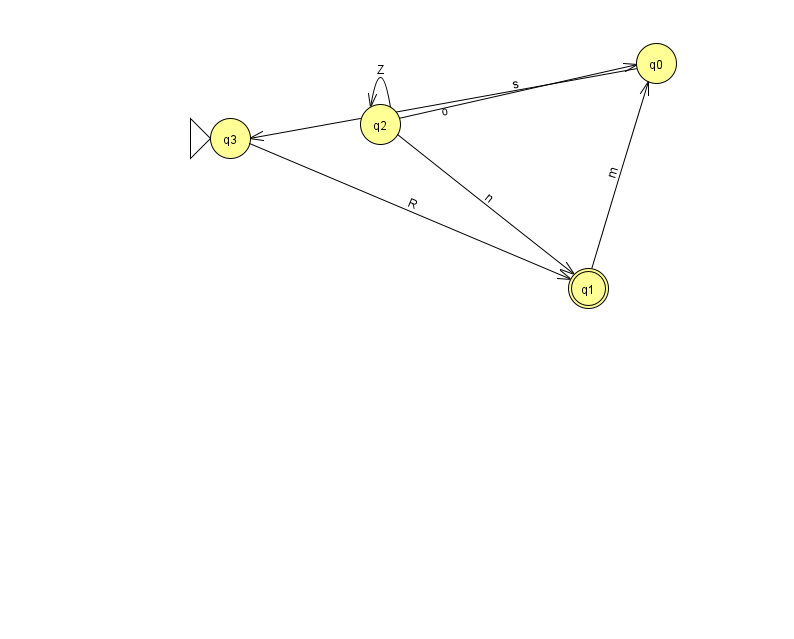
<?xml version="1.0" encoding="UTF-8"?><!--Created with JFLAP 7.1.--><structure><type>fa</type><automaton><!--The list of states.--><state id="0" name="q0"><x>656.0</x><y>50.0</y></state><state id="1" name="q1"><x>588.0</x><y>275.0</y><final/></state><state id="2" name="q2"><x>380.0</x><y>111.0</y></state><state id="3" name="q3"><x>230.0</x><y>125.0</y><initial/></state><!--The list of transitions.--><transition><from>0</from><to>3</to><read>o</read></transition><transition><from>1</from><to>0</to><read>m</read></transition><transition><from>3</from><to>1</to><read>R</read></transition><transition><from>2</from><to>1</to><read>n</read></transition><transition><from>2</from><to>0</to><read>s</read></transition><transition><from>2</from><to>2</to><read>Z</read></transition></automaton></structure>